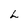
Character: L